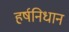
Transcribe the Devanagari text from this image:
हर्षनिधान